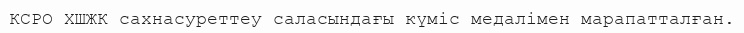
КСРО ХШЖК сахнасуреттеу саласындағы күміс медалімен марапатталған.